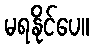
မရနိုင်ပေ။